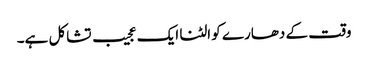
وقت کے دھارے کو الٹنا ایک عجیب تشاکل ہے۔